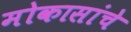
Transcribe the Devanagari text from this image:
मोकासांचे